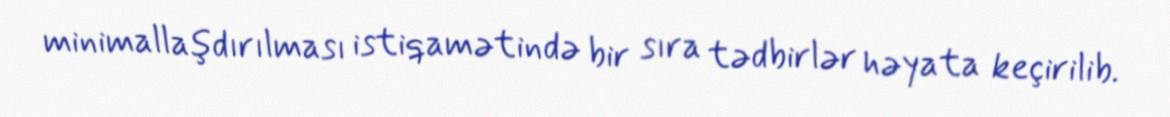
minimallaşdırılması istiqamətində bir sıra tədbirlər həyata keçirilib.